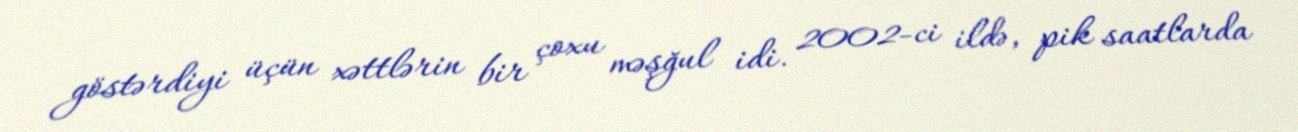
göstərdiyi üçün xəttlərin bir çoxu məşğul idi. 2002-ci ildə, pik saatlarda